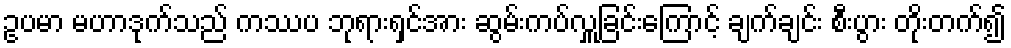
ဥပမာ မဟာဒုက်သည် ကဿပ ဘုရားရှင်အား ဆွမ်းကပ်လှူခြင်းကြောင့် ချက်ချင်း စီးပွား တိုးတက်၍